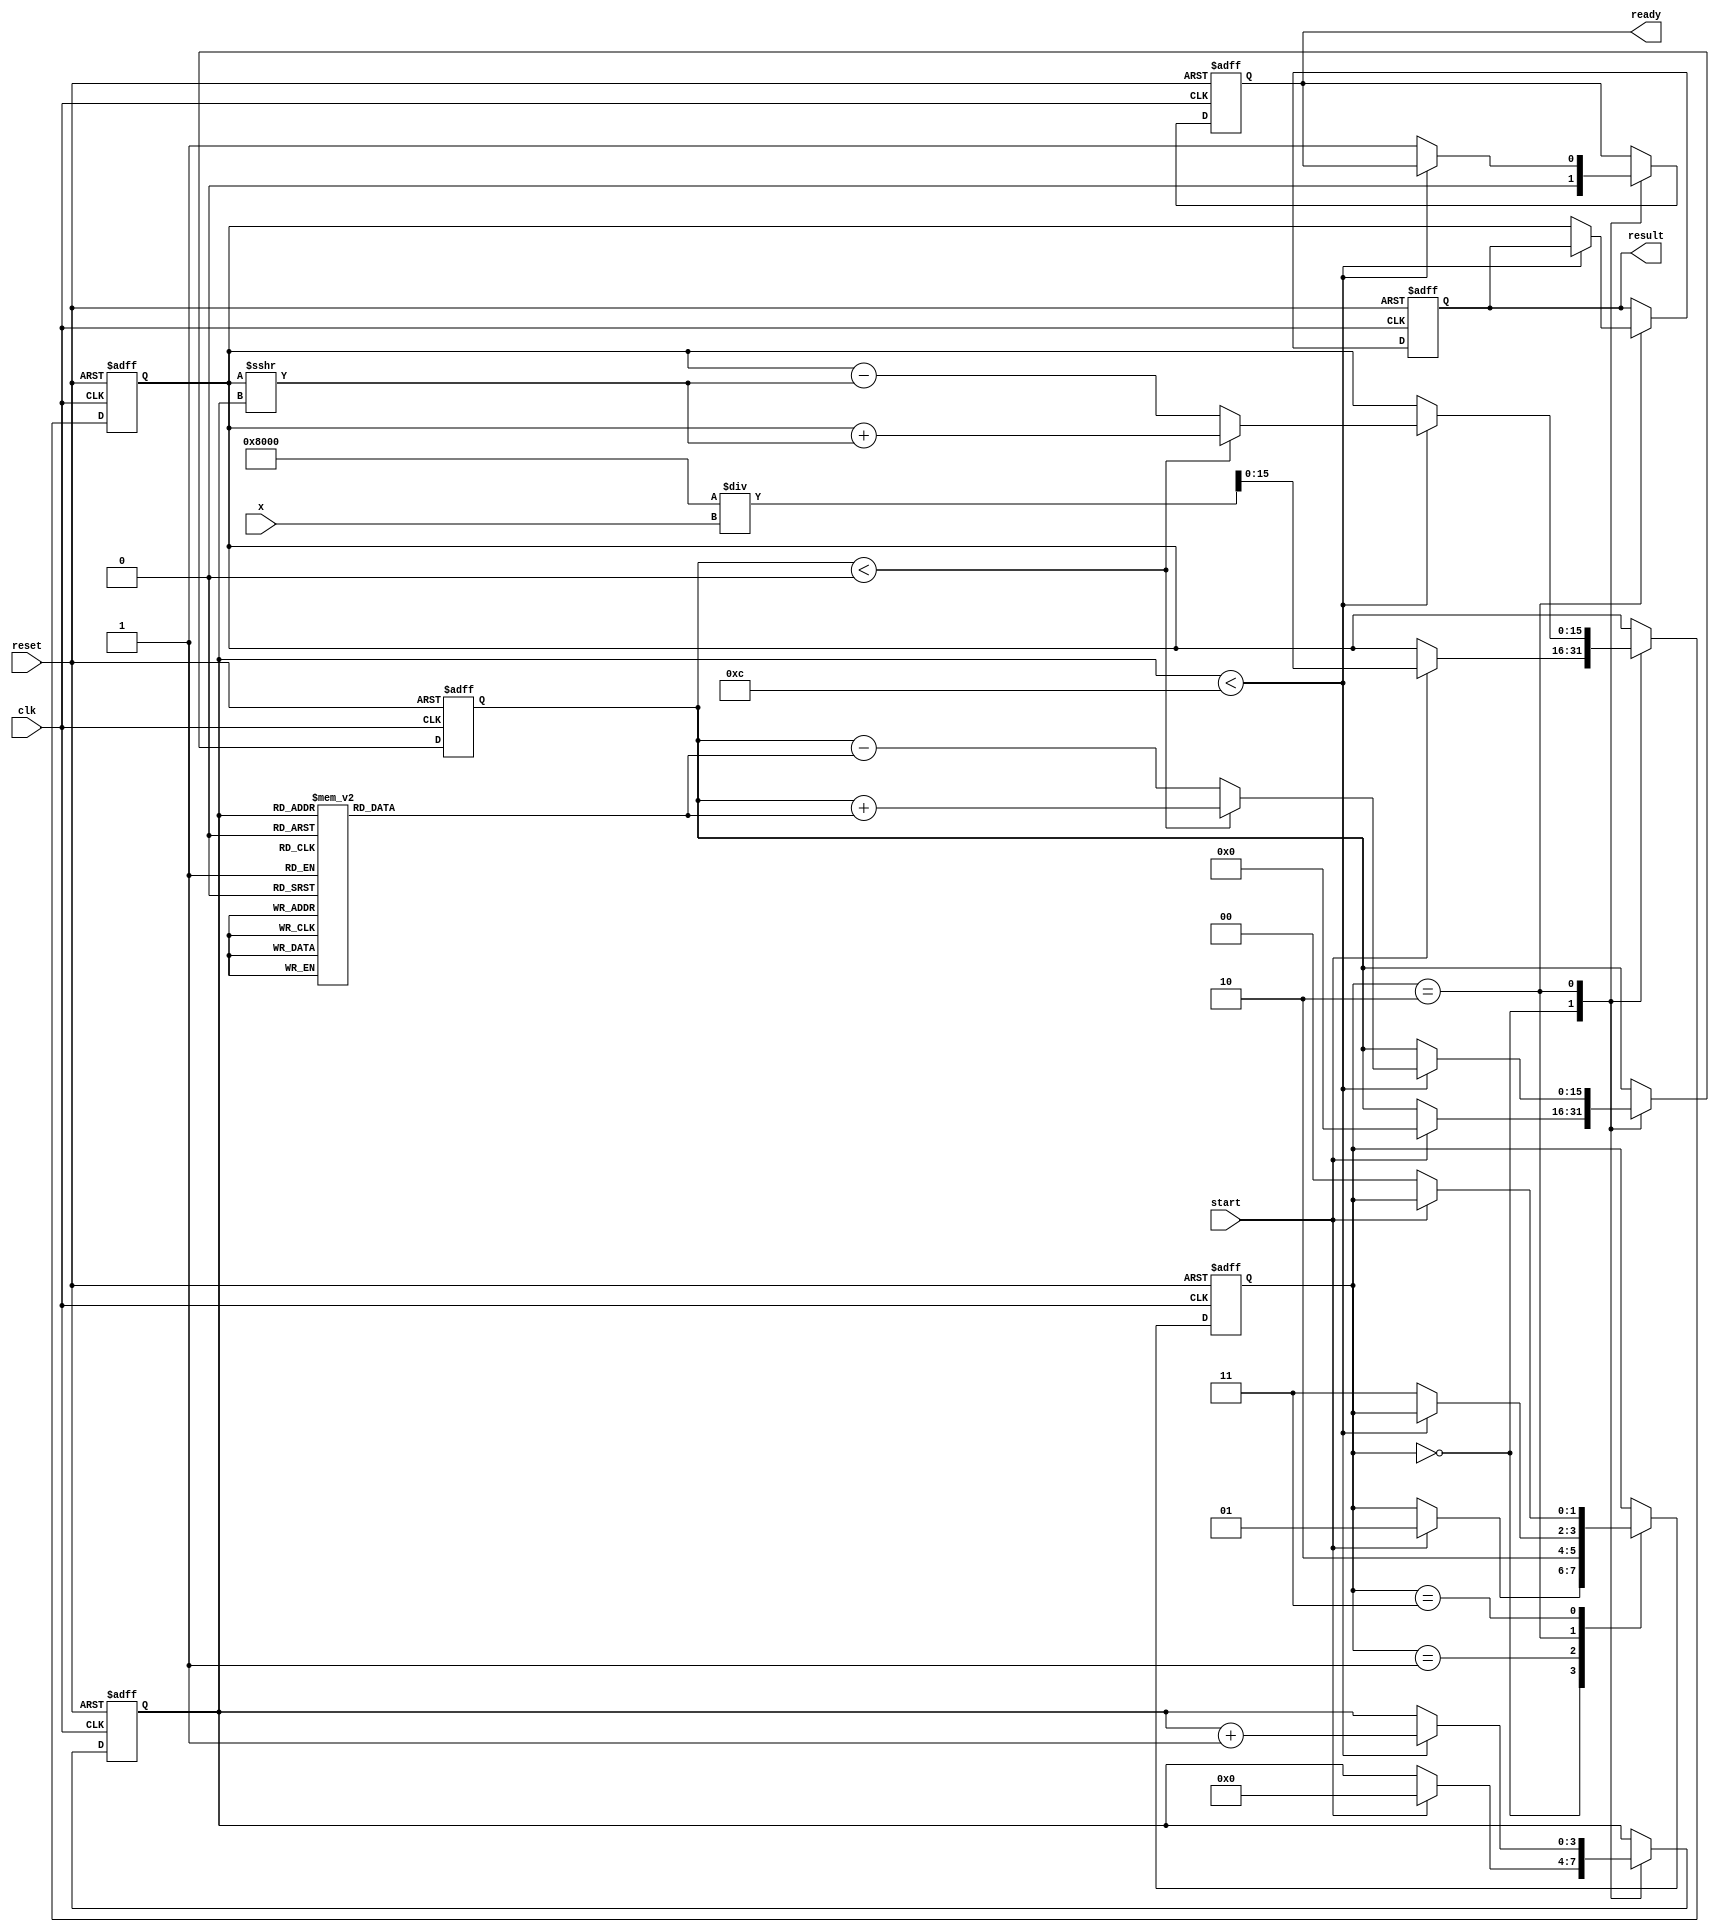
module cordic_reciprocal #(
    parameter N = 16,           // Number of bits for fixed-point representation
    parameter ITERATIONS = 12   // Number of iterations for CORDIC
)(
    input  wire clk,            // Clock signal
    input  wire reset,          // Reset signal
    input  wire start,          // Start signal
    input  wire [N-1:0] x,      // Input value
    output reg  [N-1:0] result, // Computed reciprocal value
    output reg  ready           // Ready signal
);

    // Internal states
    reg [N-1:0] current_value;   // Current approximation of the reciprocal
    reg [N-1:0] factor;           // Factor for CORDIC rotations
    reg [N-1:0] angle;            // Current angle
    reg [3:0] iter_counter;       // Iteration counter
    reg [1:0] state;              // State variable

    // State encoding
    localparam IDLE       = 2'b00;
    localparam INIT       = 2'b01;
    localparam COMPUTE    = 2'b10;
    localparam DONE       = 2'b11;

    // Precomputed angles for CORDIC; these would be constants based on CORDIC implementation 
    // (for simplicity, using simplified values here)
    reg [N-1:0] angles [0:ITERATIONS-1]; 
    initial begin
        // Initialize angles (in radians) for CORDIC iterations; these values can be adjusted based on precision needs
        angles[0] = 16'h1; // atan(2^-0)
        angles[1] = 16'h1; // atan(2^-1)
        angles[2] = 16'h1; // atan(2^-2)
        angles[3] = 16'h1; // atan(2^-3)
        angles[4] = 16'h1; // atan(2^-4)
        angles[5] = 16'h1; // atan(2^-5)
        angles[6] = 16'h1; // atan(2^-6)
        angles[7] = 16'h1; // atan(2^-7)
        angles[8] = 16'h1; // atan(2^-8)
        angles[9] = 16'h1; // atan(2^-9)
        angles[10] = 16'h1; // atan(2^-10)
        angles[11] = 16'h1; // atan(2^-11)
    end

    // Main logic
    always @(posedge clk or posedge reset) begin
        if (reset) begin
            state <= IDLE;
            result <= 0;
            ready <= 0;
            iter_counter <= 0;
            current_value <= 0;
            factor <= 0;
            angle <= 0;
        end else begin
            case (state)
                IDLE: begin
                    ready <= 0;
                    if (start) begin
                        // Initial approximation; adjust for fixed point
                        current_value <= (1 << (N-1)) / x; // Simple initial guess (can be optimized)
                        factor <= current_value;
                        angle <= 0;
                        iter_counter <= 0;
                        state <= INIT;
                    end
                end

                INIT: begin
                    state <= COMPUTE;
                end

                COMPUTE: begin
                    if (iter_counter < ITERATIONS) begin
                        // Apply CORDIC rotation
                        if (angle < 0) begin
                            // Rotate counterclockwise
                            current_value <= current_value + (current_value >>> iter_counter);
                            angle <= angle + angles[iter_counter];
                        end else begin
                            // Rotate clockwise
                            current_value <= current_value - (current_value >>> iter_counter);
                            angle <= angle - angles[iter_counter];
                        end
                        iter_counter <= iter_counter + 1;
                    end else begin
                        // Finished all iterations
                        result <= current_value; // Final result
                        ready <= 1; // Indicate result is valid
                        state <= DONE;
                    end
                end

                DONE: begin
                    if (!start) begin
                        state <= IDLE; // Go back to idle on new start signal
                    end
                end

                default: state <= IDLE; // Default case to avoid latches
            endcase
        end
    end

endmodule